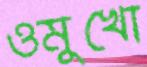
ওমুখো